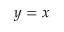
y = x